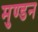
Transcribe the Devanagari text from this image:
मुण्डन